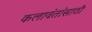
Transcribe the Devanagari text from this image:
कलावंतांसाठी